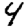
Digit: 4